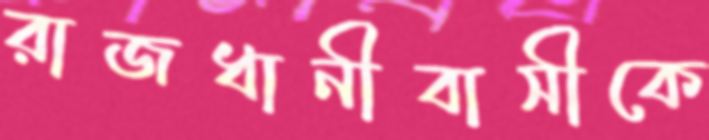
রাজধানীবাসীকে